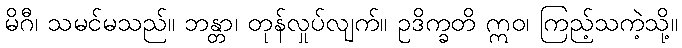
မိဂီ၊ သမင်မသည်။ ဘန္တာ၊ တုန်လှုပ်လျက်။ ဥဒိက္ခတိ ဣဝ၊ ကြည့်သကဲ့သို့။